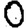
Digit: 0